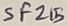
Text: SF215